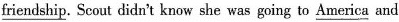
\underline{friendship}. Scout didn't know she was going to \underline{America} and